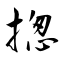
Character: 揔